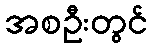
အစဦးတွင်